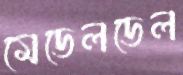
মেডেলডেল